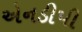
એનડીપી